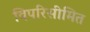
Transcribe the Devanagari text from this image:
विपरिसीमित